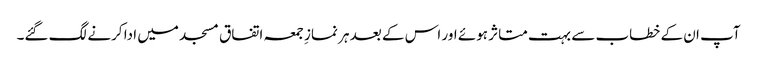
آپ ان کے خطاب سے بہت متاثر ہوئے اور اس کے بعد ہر نمازِ جمعہ اتفاق مسجد میں ادا کرنے لگ گئے۔